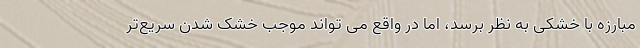
مبارزه با خشکی به نظر برسد، اما در واقع می تواند موجب خشک شدن سریع‌تر